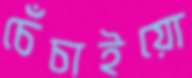
চেঁচাইয়ো